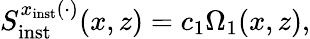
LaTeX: S_{\mathrm{inst}}^{x_{\mathrm{inst}}(\cdot)}(x,z)=c_{1}\Omega_{1}(x,z),